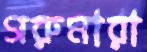
গরুমারা